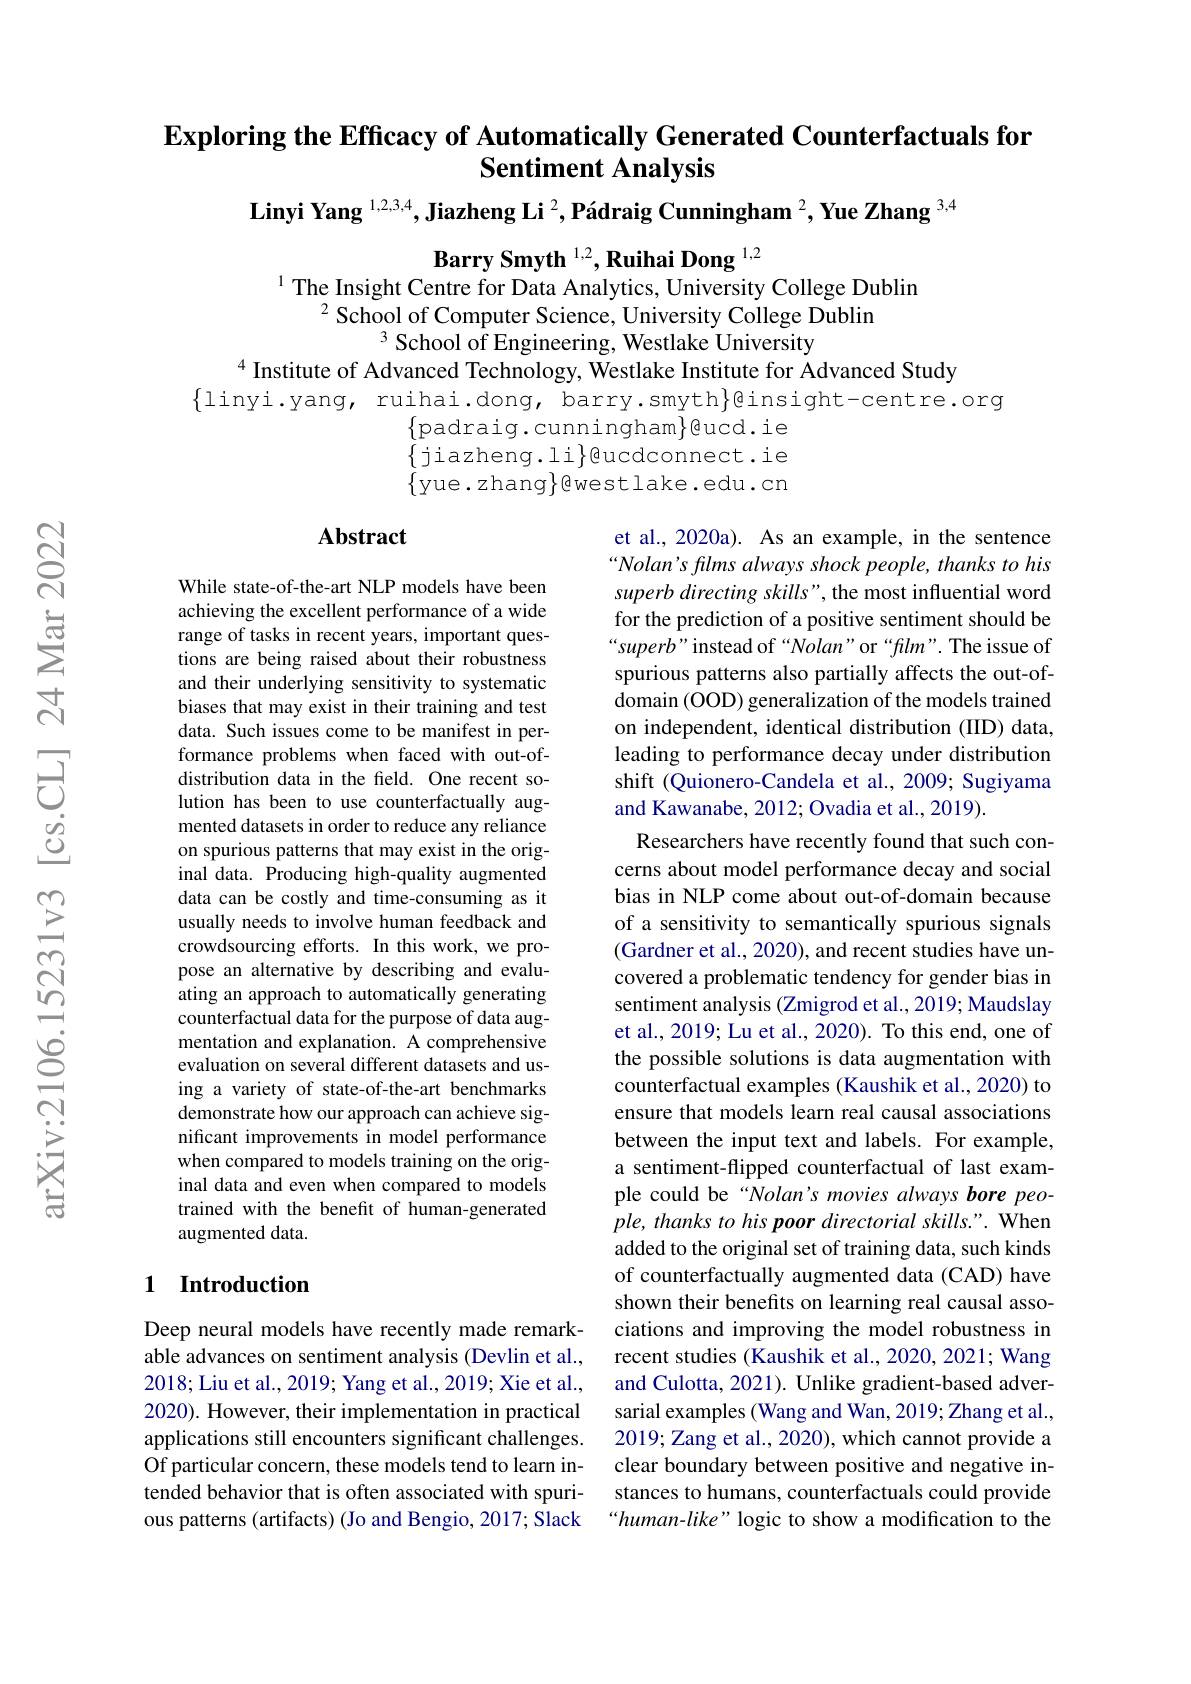
$\textbf{Exploring the Efficacy of Automatically Generated Counterfactuals for}$
## Sentiment Analysis
$\textbf{Linyi Yang }^{1,2,3,4},\textbf{Jiazheng Li }^2,\text{Pádraig Cunningham }^2,\textbf{Yue Zhang }^{3,4}$

Barry Smyth $^{1,2},\textbf{Ruihai Dong }^{1,2}$
$^{1}$ The Insight Centre for Data Analytics, University College Dublin

$^{2}$School of Computer Science, University College Dublin
$^{3}$ School of Engineering, Westlake University
$^{4}$ Institute of Advanced Technology, Westlake Institute for Advanced Study
$\{$linyi.yang, ruihai.dong, barry.smyth}@insight-centre.org
$\{$padraig.cunningham$\}$eucd.ie $\{$jiazheng.li$\}$ucdconnect.ie $\{$yue.zhang$\}$ewestlake.edu.cn

### Abstract

While state-of-the-art NLP models have been achieving the excellent performance of a wide range of tasks in recent years, important questions are being raised about their robustness and their underlying sensitivity to systematic biases that may exist in their training and test data. Such issues come to be manifest in performance problems when faced with out-ofdistribution data in the field. One recent solution has been to use counterfactually augmented datasets in order to reduce any reliance on spurious patterns that may exist in the original data. Producing high-quality augmented data can be costly and time-consuming as it usually needs to involve human feedback and crowdsourcing efforts. In this work, we propose an alternative by describing and evaluating an approach to automatically generating counterfactual data for the purpose of data augmentation and explanation. A comprehensive evaluation on several different datasets and using a variety of state-of-the-art benchmarks demonstrate how our approach can achieve significant improvements in model performance when compared to models training on the original data and even when compared to models trained with the benefit of human-generated augmented data.

et al., 2020a). As an example, in the sentence “Nolan's films always shock people, thanks to his superb directing skills", the most influential word for the prediction of a positive sentiment should be “superb”instead of“Nolan” or“film”. The issue of spurious patterns also partially affects the out-ofdomain (OOD) generalization of the models trained on independent, identical distribution (IID) data, leading to performance decay under distribution shift (Quionero-Candela et al., 2009; Sugiyama and Kawanabe, 2012; Ovadia et al., 2019).
Researchers have recently found that such concerns about model performance decay and social bias in NLP come about out-of-domain because of a sensitivity to semantically spurious signals (Gardner et al., 2020), and recent studies have uncovered a problematic tendency for gender bias in sentiment analysis (Zmigrod et al., 2019; Maudslay et al., 2019; Lu et al., 2020). To this end, one of the possible solutions is data augmentation with counterfactual examples (Kaushik et al., 2020) to ensure that models learn real causal associations between the input text and labels. For example, a sentiment-flipped counterfactual of last example could be “Nolan's movies always bore people, thanks to his poor directorial skills.". When added to the original set of training data, such kinds of counterfactually augmented data (CAD) have shown their benefits on learning real causal associations and improving the model robustness in recent studies (Kaushik et al., 2020, 2021; Wang and Culotta, 2021). Unlike gradient-based adversarial examples (Wang and Wan, 2019; Zhang et al., 2019; Zang et al., 2020), which cannot provide a clear boundary between positive and negative instances to humans, counterfactuals could provide “human-like” logic to show a modification to the

## 1 Introduction

Deep neural models have recently made remarkable advances on sentiment analysis (Devlin et al., 2018; Liu et al., 2019; Yang et al., 2019; Xie et al., 2020). However, their implementation in practical applications still encounters significant challenges. Of particular concern, these models tend to learn intended behavior that is often associated with spurious patterns (artifacts) (Jo and Bengio, 2017; Slack